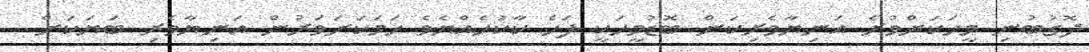
ދޮގުބުނި މީހަކަށްވުރެ އަނިޔާވެރިކަން ބޮޑުމީހަކީ ފަހެ ކާކުހެއްޔެވެ ހަމަކަށަވަރުން އަނިޔާވެރި ބަޔަކަށް